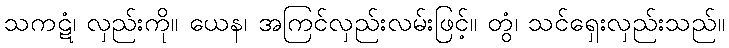
သကဋံ၊ လှည်းကို။ ယေန၊ အကြင်လှည်းလမ်းဖြင့်။ တွံ၊ သင်ရှေးလှည်းသည်။